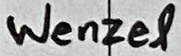
Text: Wenzel